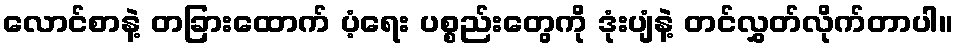
လောင်စာနဲ့ တခြားထောက် ပံ့ရေး ပစ္စည်းတွေကို ဒုံးပျံနဲ့ တင်လွှတ်လိုက်တာပါ။